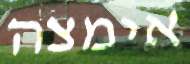
אימצה